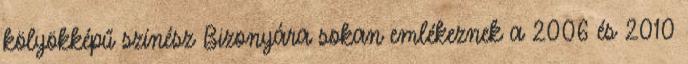
kölyökképű színész Bizonyára sokan emlékeznek a 2006 és 2010